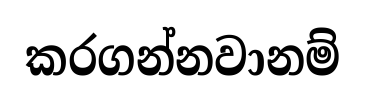
කරගන්නවානම්